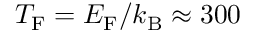
T _ { \mathrm { F } } = E _ { \mathrm { F } } / k _ { \mathrm { B } } \approx 3 0 0